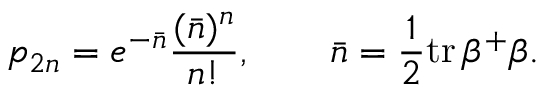
p _ { 2 n } = e ^ { - \bar { n } } \frac { ( \bar { n } ) ^ { n } } { n ! } , \qquad \bar { n } = \frac 1 2 \mathrm { t r } \, \beta ^ { + } \beta .